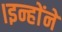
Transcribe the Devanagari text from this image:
।इन्हाेंने